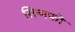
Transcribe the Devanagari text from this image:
सिन्गफो